Report on vaccination in Madras 1895-1903 - 1895-1903
Year: 1895
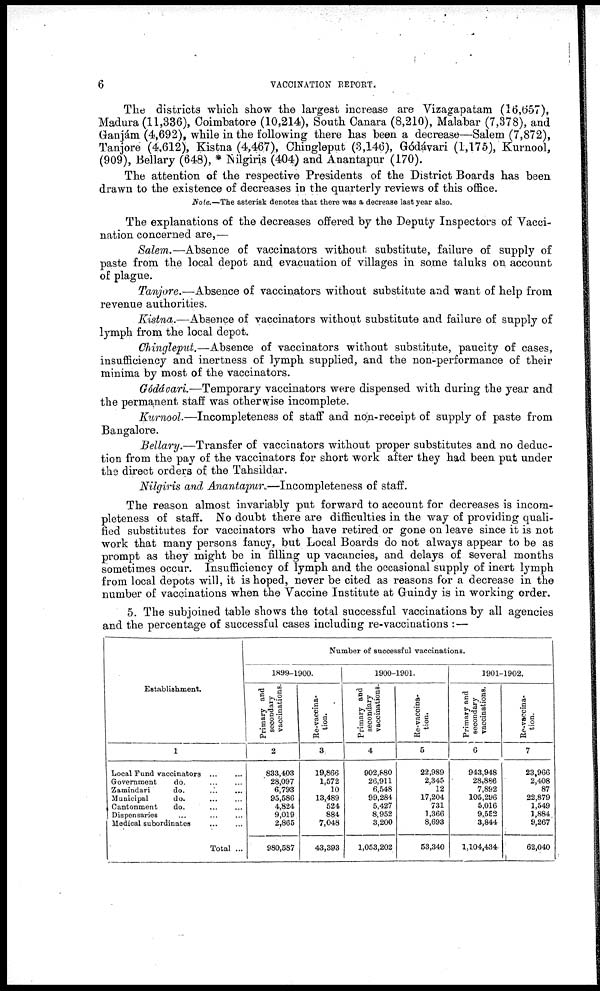
6
VACCINATION REPORT.
The districts which show the largest increase are Vizagapatam (16,657),
Madura (11,336), Coimbatore (10,214), South Canara (8,210), Malabar (7,378), and
Ganjám (4,692), while in the following there has been a decrease—Salem (7,872),
Tanjore (4,612), Kistna (4,467), Chingleput (3,146), Gódávari (1,175), Kurnool,
(909), Bellary (648), * Nilgiris (404) and Anantapur (170).
The attention of the respective Presidents of the District Boards has been
drawn to the existence of decreases in the quarterly reviews of this office.
Note.—The asterisk denotes that there was a decrease last year also.
The explanations of the decreases offered by the Deputy Inspectors of Vacci-
nation concerned are,—
Salem.—Absence of vaccinators without substitute, failure of supply of
paste from the local depot and evacuation of villages in some taluks on account
of plague.
Tanjore.—Absence of vaccinators without substitute and want of help from
revenue authorities.
Kistna.—Absence of vaccinators without substitute and failure of supply of
lymph from the local depot.
Chingleput.—Absence of vaccinators without substitute, paucity of cases,
insufficiency and inertness of lymph supplied, and the non-performance of their
minima by most of the vaccinators.
Gódávari.—Temporary vaccinators were dispensed with during the year and
the permanent staff was otherwise incomplete.
Kurnool.—Incompleteness of staff and non- receipt of supply of paste from
Bangalore.
Bellary.—Transfer of vaccinators without proper substitutes and no deduc-
tion from the pay of the vaccinators for short work after they had been put under
the direct orders of the Tahsildar.
Nilgiris and Anantapur.—Incompleteness of staff.
The reason almost invariably put forward to account for decreases is incom-
pleteness of staff. No doubt there are difficulties in the way of providing quali-
fied substitutes for vaccinators who have retired or gone on leave since it is not
work that many persons fancy, but Local Boards do not always appear to be as
prompt as they might be in filling up vacancies, and delays of several months
sometimes occur. Insufficiency of lymph and the occasional supply of inert lymph
from local depots will, it is hoped, never be cited as reasons for a decrease in the
number of vaccinations when the Vaccine Institute at Guindy is in working order.
5. The subjoined table shows the total successful vaccinations by all agencies
and the percentage of successful cases including re-vaccinations :—
Establishment.
1
Local Fund vaccinators ... ...
Government
do. ... ...
Zamindari
do. ... ...
Municipal
do. ... ...
Cantonment
do. ... ...
Dispensaries ... ... ...
Medical subordinates ... ...
Total ...
Number of successful vaccinations.
1899-1900.
Primary and
secondary
vaccinations.
2
833,493
28,097
6,793
95,586
4,824
9,019
2,865
980,587
Re-vaccina-
tion.
3
19,866
1,572
10
13,489
524
884
7,048
43,393
1900-1901.
Primary and
secondary
vaccinations.
4
902,880
26,911
6,548
99,284
5,427
8,952
3,200
1,053,202
Re-vaccina-
tion.
5
22,989
2,345
12
17,204
731
1,366
8,693
53,340
1901-1902.
Primary and
secondary
vaccinations.
6
943,948
28,886
7,892
105,296
5,016
9,552
3,844
1,104,434
Re-vaccina-
tion.
7
23,966
2,408
87
22,879
1,549
1,884
9,267
62,040